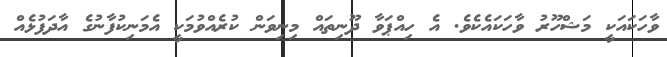
ވާހަކައަކީ މަޝްހޫރު ވާހަކައެކެވެ. އެ ހިއްޕަވާ ދޫނިތައް މިނިވަން ކުރެއްވުމަކީ އެމަނިކުފާނުގެ އާދަފުޅެއް